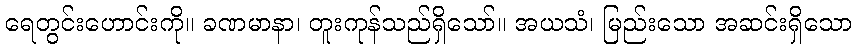
ရေတွင်းဟောင်းကို။ ခဏမာနာ၊ တူးကုန်သည်ရှိသော်။ အယသံ၊ မြည်းသော အဆင်းရှိသော